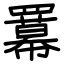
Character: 羃